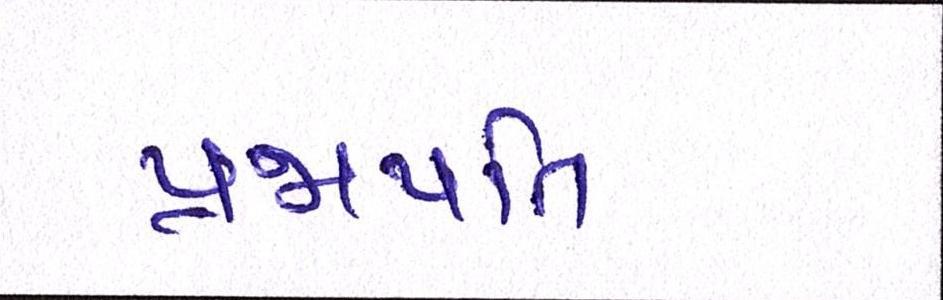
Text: પ્રજાપતિ